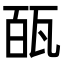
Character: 㼣